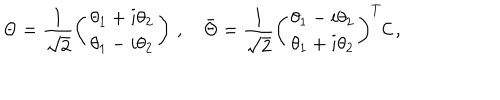
LaTeX: \Theta = \frac { 1 } { \sqrt { 2 } } \left( \begin{matrix} { { \theta _ { 1 } + i \theta _ { 2 } } } \\ { { \theta _ { 1 } - i \theta _ { 2 } } } \\ \end{matrix} \right) \, , \quad \bar { \Theta } = \frac { 1 } { \sqrt { 2 } } \left( \begin{matrix} { { \theta _ { 1 } - i \theta _ { 2 } } } \\ { { \theta _ { 1 } + i \theta _ { 2 } } } \\ \end{matrix} \right) ^ { T } { \cal C } \, ,